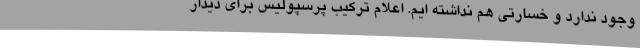
وجود ندارد و خسارتی هم نداشته ایم. اعلام ترکیب پرسپولیس برای دیدار